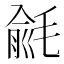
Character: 毹